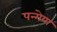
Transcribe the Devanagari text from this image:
पन्गेया